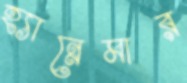
হ্যান্নেমার